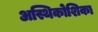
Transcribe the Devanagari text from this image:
अस्थिकोशिका